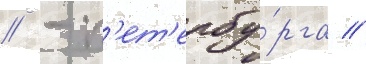
// - п'ет'ербу́рга /